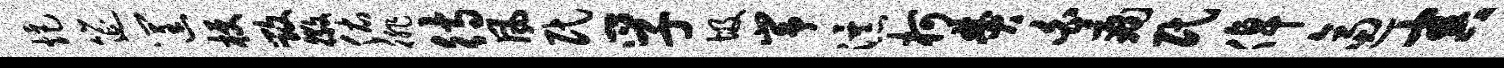
炬筵筐梗毁徽佑徘待风民孚圾峥瀑柯焚白痛民倬逼害